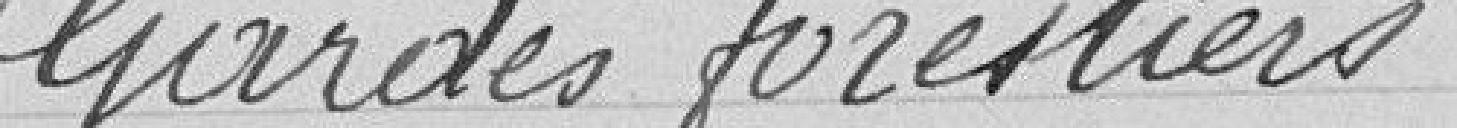
Gardes forestiers